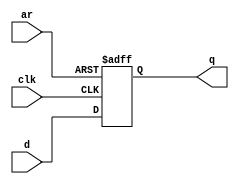
module top_module (
    input clk,
    input d, 
    input ar,   // asynchronous reset
    output reg q
    );
    always @(posedge clk or posedge ar) begin
        if (ar) begin
            q <= 1'b0;
        end else begin
            q <= d;
        end
    end
endmodule